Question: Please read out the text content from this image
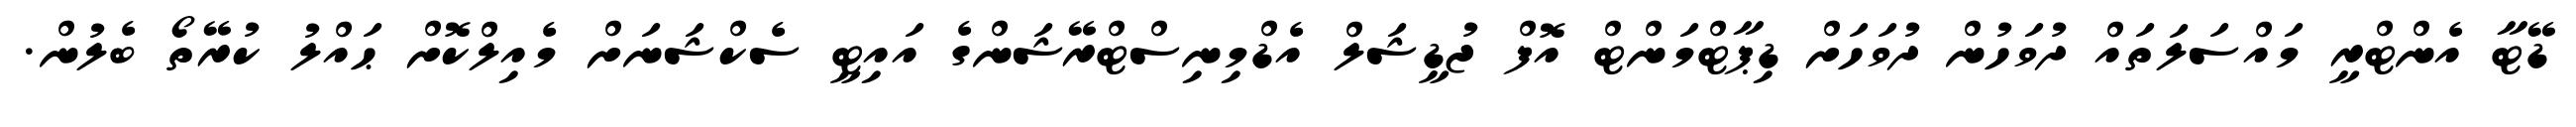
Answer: ޑޭޓާ އެންޓްރީ މައްސަލަތައް ދުވަހުން ދުވަހަށް ޑިޕާޓްމަންޓް އޮފް ޖުޑީޝަލް އެޑްމިނިސްޓްރޭޝަންގެ އައިޓީ ސެކްޝަނަށް މެއިލްކޮށް ޙައްލު ކުރޭތޯ ބެލުން.